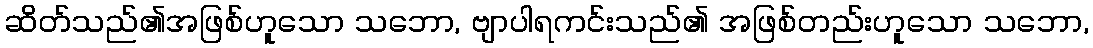
ဆိတ်သည်၏အဖြစ်ဟူသော သဘော, ဗျာပါရကင်းသည်၏ အဖြစ်တည်းဟူသော သဘော,